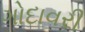
ગોદાવરી